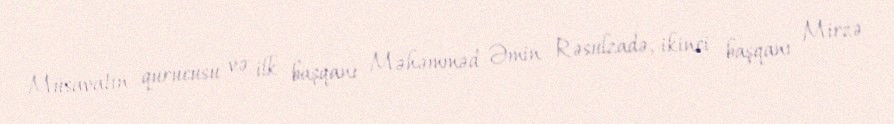
Müsavatın qurucusu və ilk başqanı Məhəmməd Əmin Rəsulzadə, ikinci başqanı Mirzə